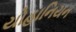
યોહાનિયન